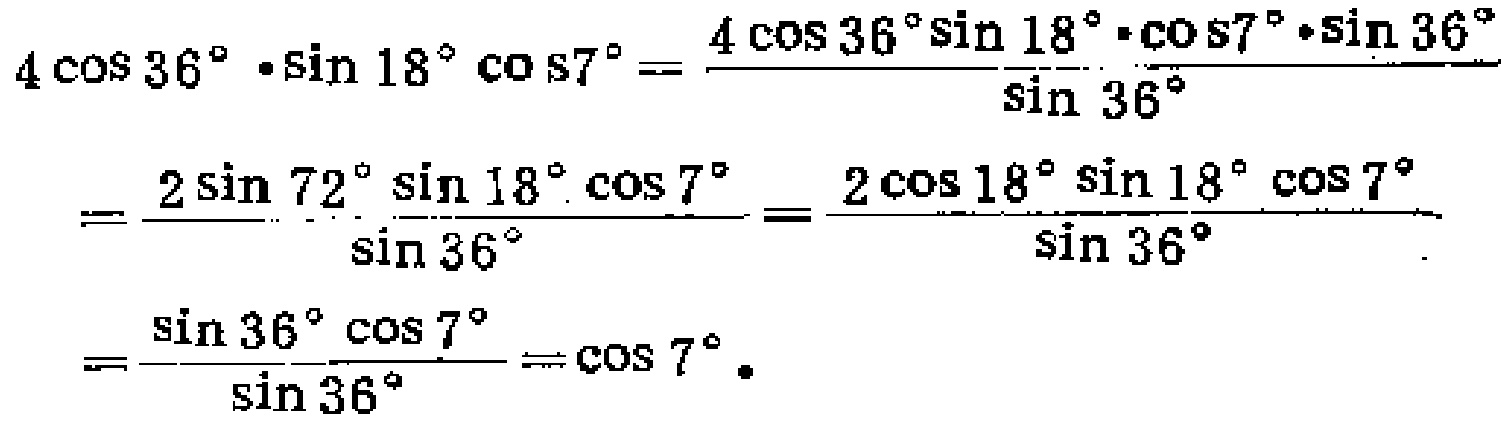
\[
\begin{align*}
4\cos36^{\circ}\cdot\sin18^{\circ}\cos7^{\circ}&=\frac{4\cos36^{\circ}\sin18^{\circ}\cdot\cos7^{\circ}\cdot\sin36^{\circ}}{\sin36^{\circ}}\\
&=\frac{2\sin72^{\circ}\sin18^{\circ}\cos7^{\circ}}{\sin36^{\circ}}=\frac{2\cos18^{\circ}\sin18^{\circ}\cos7^{\circ}}{\sin36^{\circ}}\\
&=\frac{\sin36^{\circ}\cos7^{\circ}}{\sin36^{\circ}}=\cos7^{\circ}.
\end{align*}
\]